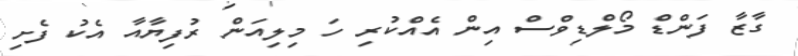
ގާޒާ ފަންޑް މޯލްޑިވްސް އިން އެއްކުރި ހަ މިލިއަން ރުފިޔާއާ އެކު ފެށި